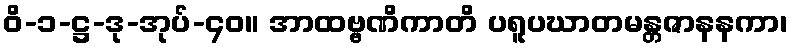
ဝိ-၁-ဋ္ဌ-ဒု-အုပ်-၄၀။ အာထဗ္ဗဏိကာတိ ပရူပဃာတမန္တဇာနနကာ၊